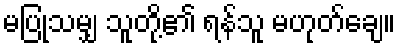
မပြုသမျှ သူတို့၏ ရန်သူ မဟုတ်ချေ။